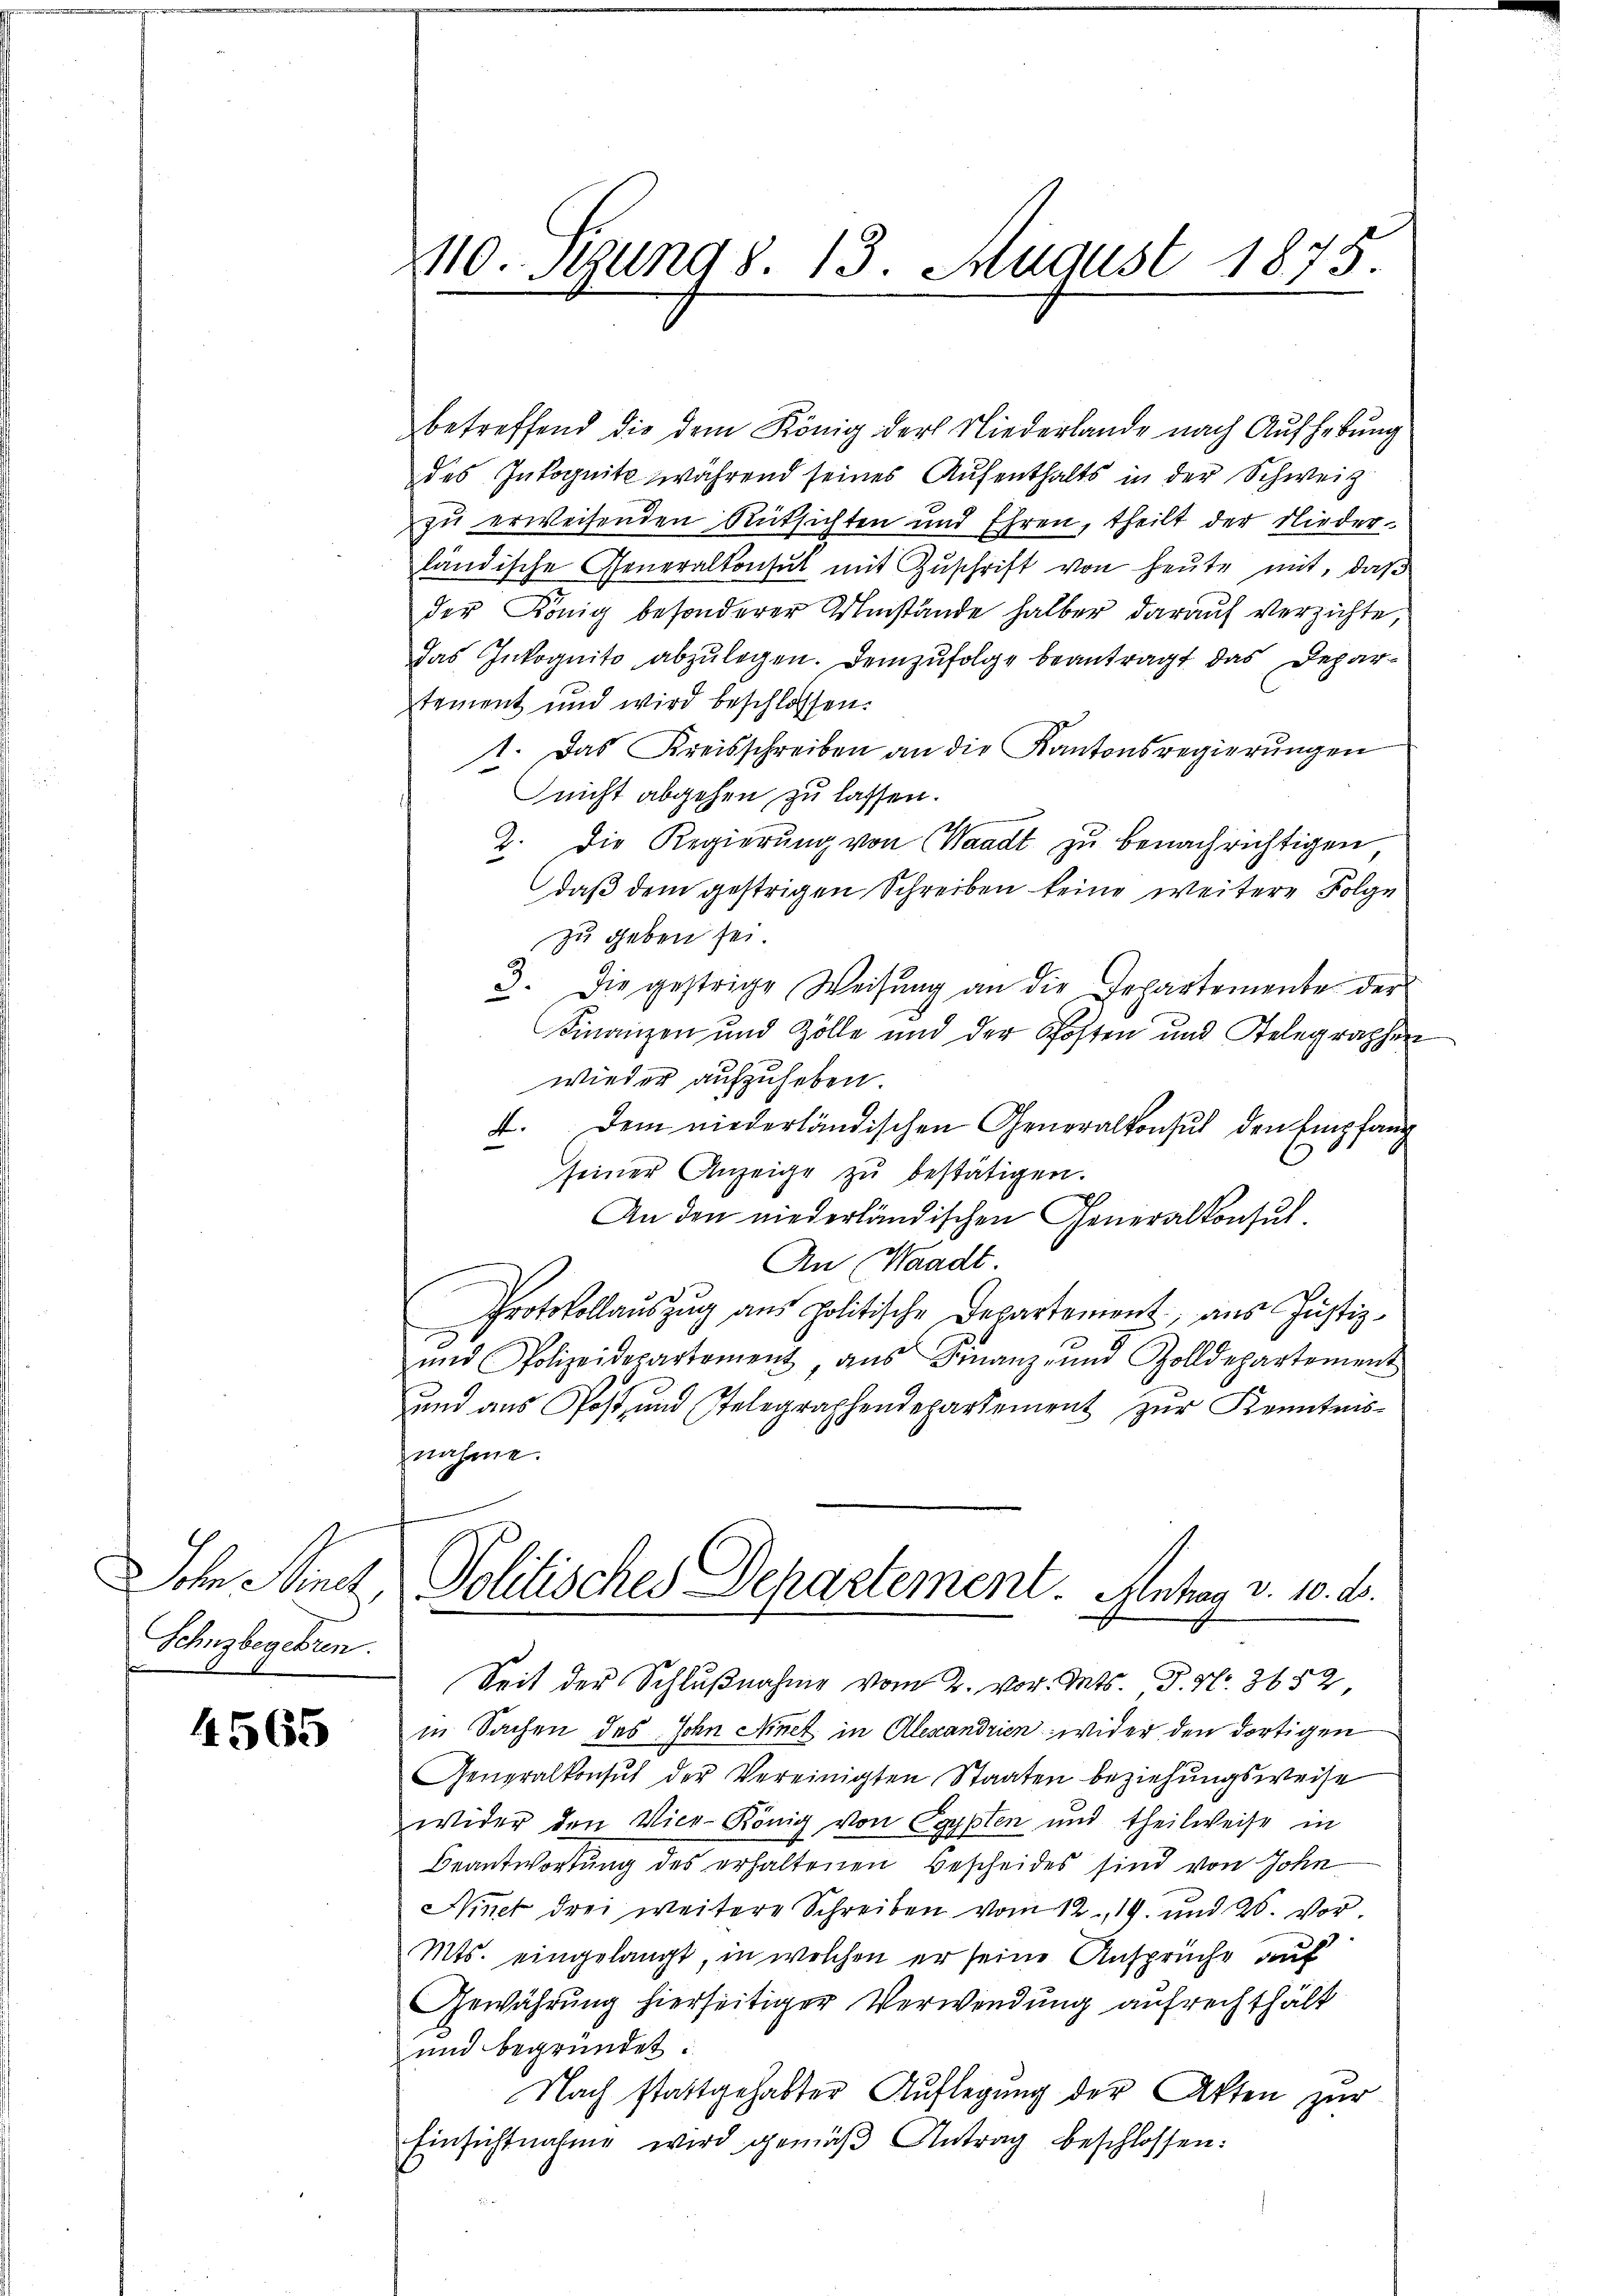
Sohn Minet,
Schnzbegehren.

4565

110. Stung 8. 13. August 1875

betreffend die dem König der Niederlande nach Aufhebung
des Inkognitz während seines Aufenthalts in der Schweiz
zu erweisenden Rücksichten und Ehren, theilt der Nieder-
ländische Generalkonsut mit Zuschrift von heute mit, daß
der König besonderer Umstände halber darauf verzichte,
das Inkognito abzulegen. Demzufolge beantragt das Departement und wird beschlossen:
1. Das Kreisschreiben an die Kantonsregierungen
nicht abgehen zu lassen.
2. Die Regierŭng von Waadt zu benachrichtigen
daß dem gestrigen Schreiben keine weitere Folge
zu geben sei.
3. Die gestrige Weisŭng an die Separtemente der
Finanzen und Zölle und der Posten und Telegraphen
wieder aufzuheben
4. Dem niederländischen Generalkonsul den Empfang
seiner Anzeige zŭ bestätigen.
An den niederländischen Generalkonsul¬
An Waadt.
Protokollauszug aus Politische Departement, aus Justizŭnd Polizeidepartement, aŭs Finanz- und Zolldepartement
und aus Post, und Telegraphendepartement zur Kenntnisnahme.
Politisches Departement. Anhog v. 10. d.
Seit der Schlußnahme vom 2. vor. Mts. S. Nr. 3652
in Sachen des John Minet in Alexandrien wider den dortigen
Generalkonsŭt der Vereinigten Staaten beziehungsweise
wider den Vice-König von Egypten und theilweise in
Beantwortung des erhaltenen Bescheides sind von John
Ninet drei weitere Schreiben vom 12. 19. und 20. vor¬
Mts. eingelangt, in welchen er seine Ansprüche auf
Gewährung hierseitiger Verwendung aufrechthält
und begründet:
Nach stattgehabter Auflegung der Akten zur
Einsichtnahme wird gemäβ Antrag beschlossen: